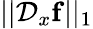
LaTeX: ||\mathcal{D}_{x}\mathbf{f}||_{1}